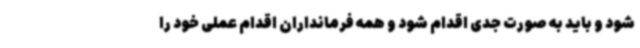
شود و باید به صورت جدی اقدام شود و همه فرمانداران اقدام عملی خود را